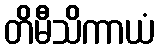
တိမီသိကာယံ